Some observations on the morphology and mechanism of the parts in the orthorrapha - Number 58
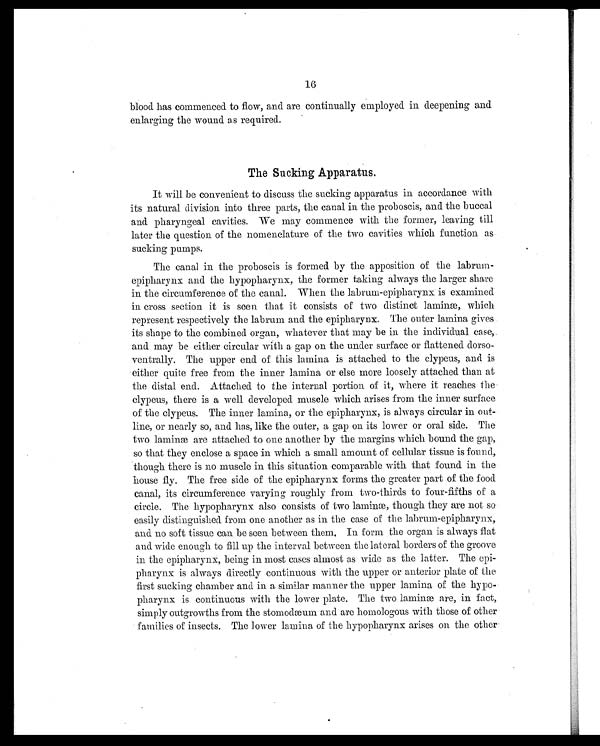
16
blood has commenced to flow, and are continually employed in deepening and
enlarging the wound as required.
The Sucking Apparatus.
It will be convenient to discuss the sucking apparatus in accordance with
its natural division into three parts, the canal in the proboscis, and the buccal
and. pharyngeal cavities. We may commence with the former, leaving till
later the question of the nomenclature of the two cavities which function as
sucking pumps.
The canal in the proboscis is formed by the apposition of the labrum-
epipharynx and the hypopharynx, the former taking always the larger share
in the circumference of the canal. When the labrum-epipharynx is examined
in cross section it is seen that it consists of two distinct laminæ, which
represent respectively the labrum and the epipharynx. The outer lamina gives
its shape to the combined organ, whatever that may be in the individual case,..
and may be either circular with a gap on the under surface or flattened dorso-
ventrally. The upper end of this lamina is attached to the clypeus, and is
either quite free from the inner lamina or else more loosely attached than at
the distal end. Attached to the internal portion of it, where it reaches the
clypeus, there is a well developed muscle which arises from the inner surface
of the clypeus. The inner lamina, or the epipharynx, is always circular in out-
line, or nearly so, and has, like the outer, a gap on its lower or oral side. The
two laminæ are attached to one another by the margins which bound the gap,
so that they enclose a space in which a small amount of cellular tissue is found,
though there is no muscle in this situation comparable with that found. in the
house fly. The free side of the epipharynx forms the greater part of the food
canal, its circumference varying roughly from two-thirds to four-fifths of a
circle. The hypopharynx also consists of two laminæ, though they are not so
easily distinguished from one another as in the case of the labrum-epipharynx,
and no soft tissue can be seen between them. In form the organ is always flat
and wide enough to fill up the interval between the lateral borders of the groove
in the epipharynx, being in most cases almost as wide as the latter. The epi-
pharynx is always directly continuous with the upper or anterior plate of the
first sucking chamber and in a similar manner the upper lamina of the hypo-
pharynx is continuous with the lower plate. The two laminæ are, in fact,
simply outgrowths from the stomodæum and are homologous with those of other
families of insects. The lower lamina of the hypopharynx arises on the other